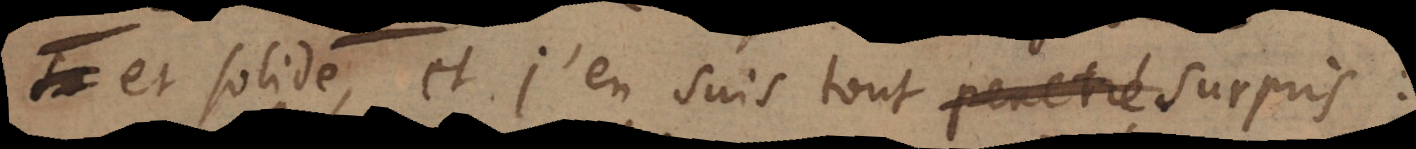
et solide, et j’en suis tout penetré surpris: